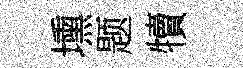
壎题犢